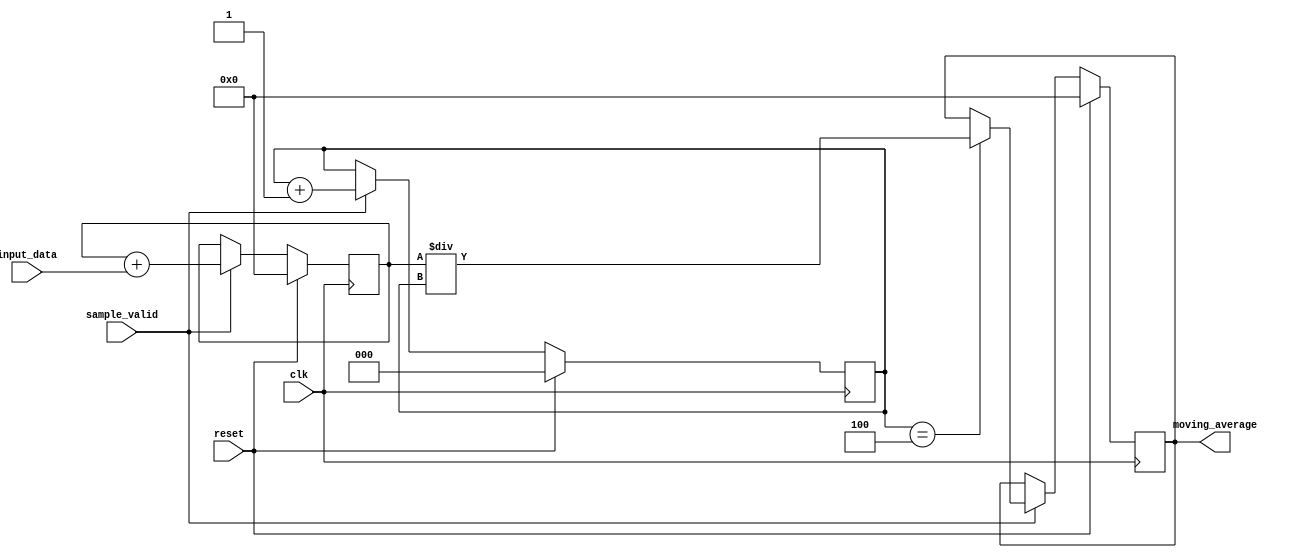
module moving_average_accumulator (
    input wire clk,
    input wire reset,
    input wire [7:0] input_data,
    input wire sample_valid,
    output reg [11:0] moving_average
);

reg [11:0] running_total;
reg [2:0] sample_count;

always @(posedge clk) begin
    if (reset) begin
        running_total <= 12'b0;
        sample_count <= 3'b0;
        moving_average <= 12'b0;
    end else begin
        if (sample_valid) begin
            running_total <= running_total + input_data;
            sample_count <= sample_count + 3'b1;
            if (sample_count == 3'b100) begin
                moving_average <= running_total / sample_count;
            end
        end
    end
end

endmodule